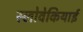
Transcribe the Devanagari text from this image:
स्लोवेकियाई